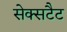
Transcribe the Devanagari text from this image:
सेक्सटैट